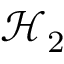
{ \mathcal { H } } _ { 2 }